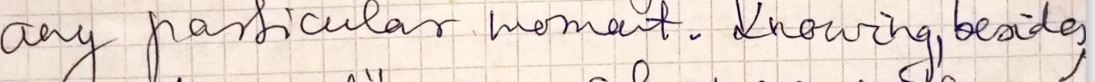
any particular moment. Knowing, beside